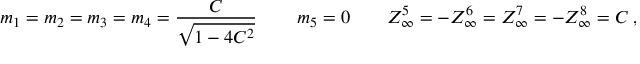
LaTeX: m _ { 1 } = m _ { 2 } = m _ { 3 } = m _ { 4 } = { \frac { C } { \sqrt { 1 - 4 C ^ { 2 } } } } \, \qquad m _ { 5 } = 0 \qquad Z _ { \infty } ^ { 5 } = - Z _ { \infty } ^ { 6 } = Z _ { \infty } ^ { 7 } = - Z _ { \infty } ^ { 8 } = C \ ,